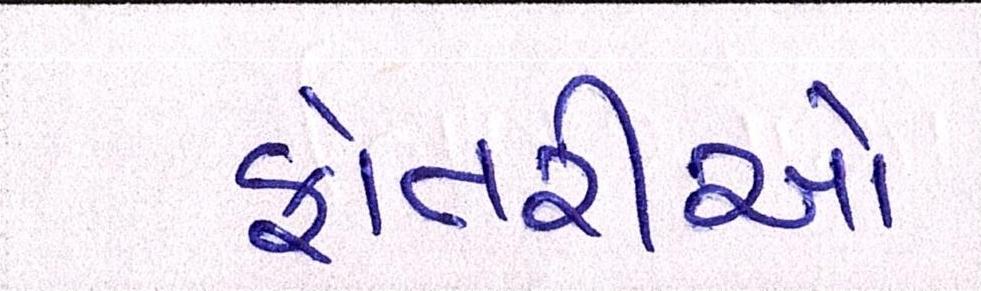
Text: ફોતરીઓ